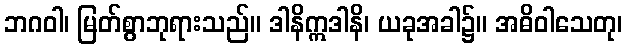
ဘဂဝါ၊ မြတ်စွာဘုရားသည်။ ဒါနိဣဒါနိ၊ ယခုအခါ၌။ အဓိဝါသေတု၊